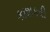
કાશકરી